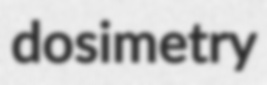
dosimetry